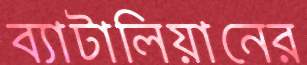
ব্যাটালিয়ানের